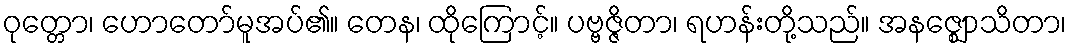
ဝုတ္တော၊ ဟောတော်မူအပ်၏။ တေန၊ ထိုကြောင့်။ ပဗ္ဗဇ္ဇိတာ၊ ရဟန်းတို့သည်။ အနဇ္ဈောသိတာ၊